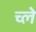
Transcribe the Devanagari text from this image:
च्ले